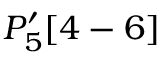
P _ { 5 } ^ { \prime } [ 4 - 6 ]